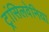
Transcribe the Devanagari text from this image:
ट्रांसिलवेनिया